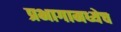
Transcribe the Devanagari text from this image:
प्रभागामध्येच